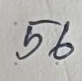
56